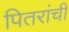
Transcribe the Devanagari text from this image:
पितरांची